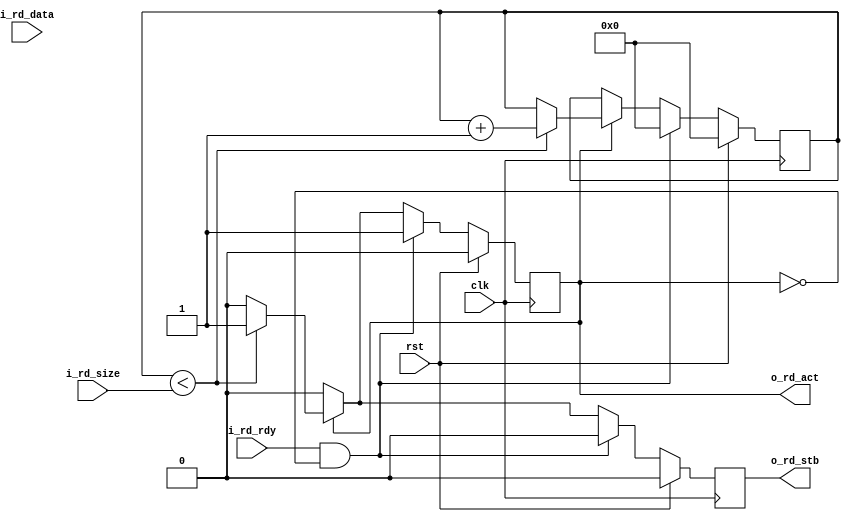
/* Module: ppfifo_sink
 *
 * Description: Whenever data is available within the FIFO activate it and read it all
 */

module ppfifo_sink #(
  parameter                       DATA_WIDTH    = 8
)(
  input                           clk,
  input                           rst,

  //Ping Pong FIFO Interface
  input                           i_rd_rdy,
  output  reg                     o_rd_act,
  input       [23:0]              i_rd_size,
  output  reg                     o_rd_stb,
  input       [DATA_WIDTH - 1:0]  i_rd_data
);

//Local Parameters
//Registers/Wires
reg   [23:0]          r_count;
//Submodules
//Asynchronous Logic
//Synchronous Logic
always @ (posedge clk) begin
  //De-Assert Strobes
  o_rd_stb            <=  0;

  if (rst) begin
    o_rd_act          <=  0;
    r_count           <=  0;
    o_rd_stb          <=  0;
  end
  else begin
    if (i_rd_rdy && !o_rd_act) begin
      r_count         <=  0;
      o_rd_act        <=  1;
    end
    else if (o_rd_act) begin
      if (r_count < i_rd_size) begin
        o_rd_stb      <=  1;
        r_count       <=  r_count + 1;
      end
      else begin
        o_rd_act      <=  0;
      end
    end
  end
end


endmodule